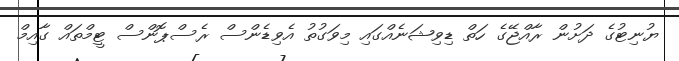
ޔުނިޓުގެ ދަށުން ރާއްޖޭގެ ހަތް ޑިވިޝަނެއްގައި މިވަގުތު އެވިޑެންސް ރެސްޕޮންސް ޓީމްތައް ގާއިމް